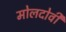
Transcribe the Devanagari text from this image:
मोलदोवी